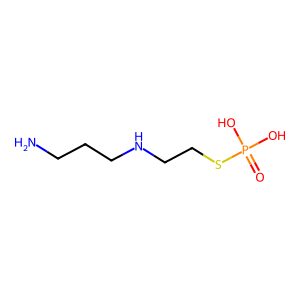
SMILES: NCCCNCCSP(=O)(O)O
Inhibits HIV replication: No